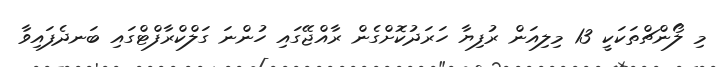
މި ލޯންޗްތަކަކީ 13 މިލިއަން ރުފިޔާ ހަރަދުކޮށްގެން ރާއްޖޭގައި ހުންނަ ގަލްކްރާފްޓްގައި ބަނދެފައިވާ